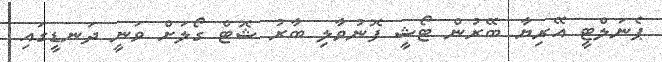
ޕެނަލްޓީ އޭރިޔާ ބޭރުން ޓޯޝީ ފޮނުވާލި ބާރު ޝޮޓް ގޯލަށް ވަނީ ދަނޑީގައި